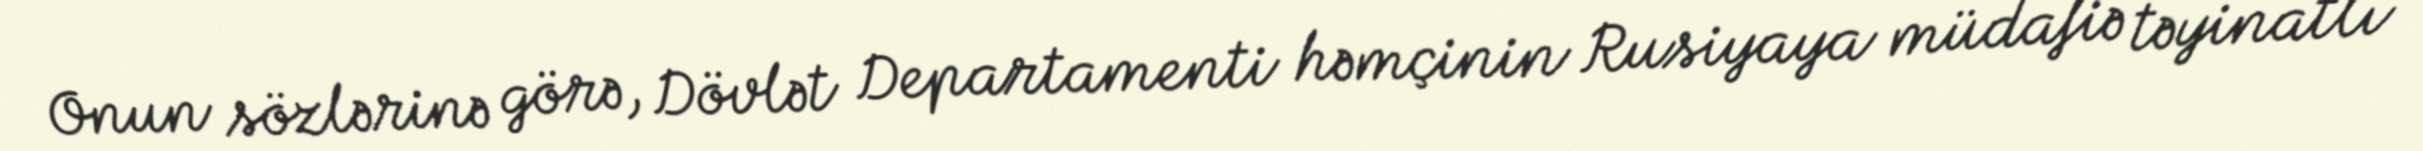
Onun sözlərinə görə, Dövlət Departamenti həmçinin Rusiyaya müdafiə təyinatlı